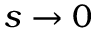
s \to 0